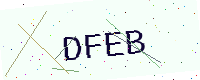
Text: DFEB